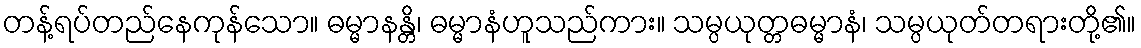
တန့်ရပ်တည်နေကုန်သော။ ဓမ္မာနန္တိ၊ ဓမ္မာနံဟူသည်ကား။ သမ္ပယုတ္တဓမ္မာနံ၊ သမ္ပယုတ်တရားတို့၏။